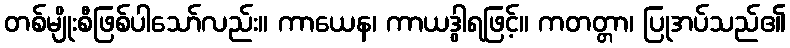
တစ်မျိုးစီဖြစ်ပါသော်လည်း။ ကာယေန၊ ကာယဒွါရဖြင့်။ ကတတ္တာ၊ ပြုအပ်သည်၏